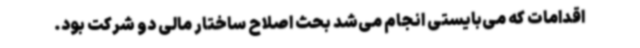
اقدامات که می‌بایستی انجام می‌شد بحث اصلاح ساختار مالی دو شرکت بود.